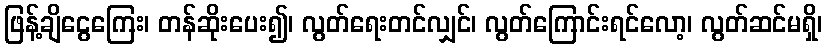
ဖြန့်ချိငွေကြေး၊ တန်ဆိုးပေး၍၊ လွတ်ရေးတင်လျှင်၊ လွတ်ကြောင်းရင်လော့၊ လွတ်ဆင်မရှိ၊